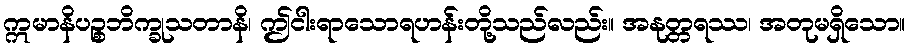
ဣမာနိပဉ္စဘိက္ခုသတာနိ၊ ဤငါးရာသောရဟန်းတို့သည်လည်း။ အနုတ္တရဿ၊ အတုမရှိသော။